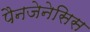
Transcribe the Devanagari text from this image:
पैनजेनेसिस